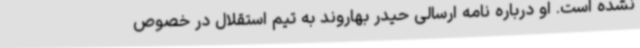
نشده است. او درباره نامه ارسالی حیدر بهاروند به تیم استقلال در خصوص